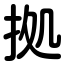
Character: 拠